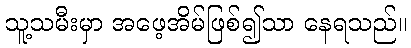
သူ့သမီးမှာ အဖေ့အိမ်ဖြစ်၍သာ နေရသည်။